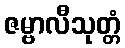
ဇမ္ဗာလီသုတ္တံ